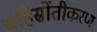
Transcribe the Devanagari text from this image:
बहिर्स्रोतीकरण